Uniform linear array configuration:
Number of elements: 64
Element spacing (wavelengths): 0.25
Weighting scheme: uniform
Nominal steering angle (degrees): -15
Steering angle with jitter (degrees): -14.954
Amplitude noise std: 0.05
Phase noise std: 0.05

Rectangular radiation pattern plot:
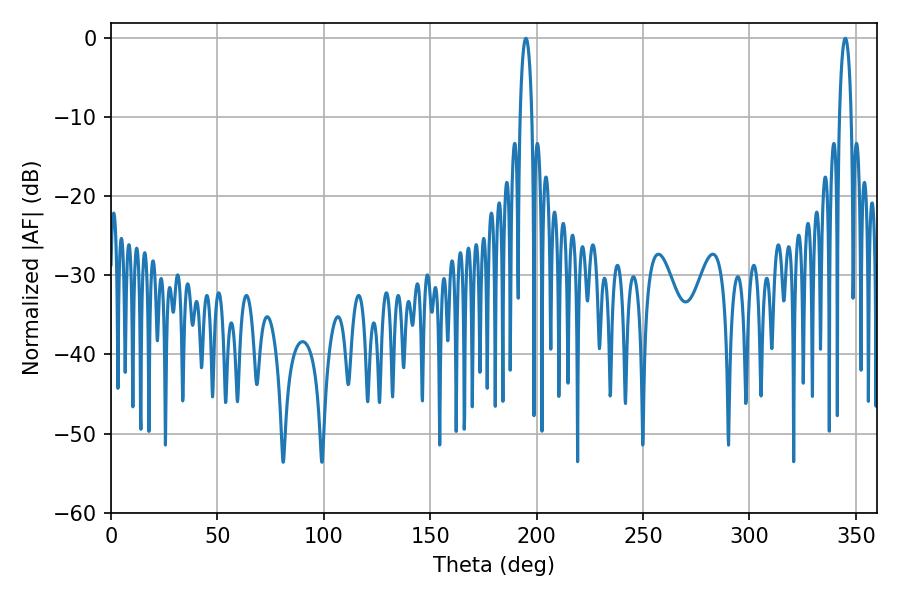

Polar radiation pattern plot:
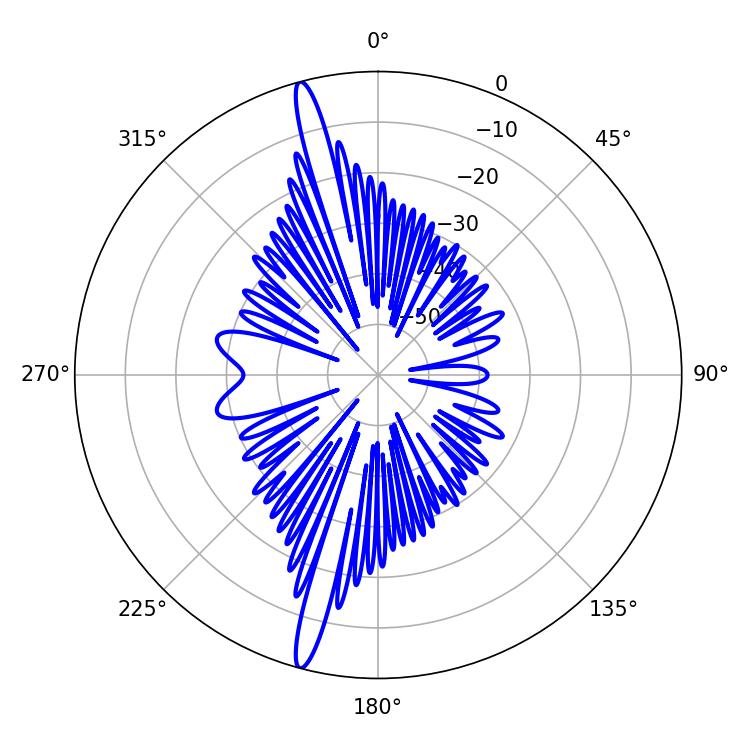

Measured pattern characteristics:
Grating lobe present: FALSE
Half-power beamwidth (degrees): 3.24
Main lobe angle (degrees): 194.94